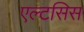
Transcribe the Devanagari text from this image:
एल्टसिस